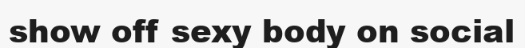
show off sexy body on social